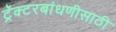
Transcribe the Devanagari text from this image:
ट्रॅक्टरबांधणीसाठी